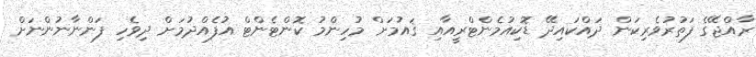
ރާއްޖޭގެ ފަތުރުވެރިކަން ދައްކައިދޭ ޑޮކިއުމެންޓްރީއާއި ޤައުމަށް މުހިންމު ކޮންޓެންޓް އުފެއްދުމަށް ދިވެހި ފަންނާނުންނަށް